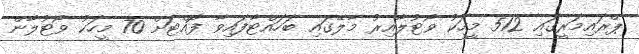
ޕްރައިމަރީގައި 512 މީހަކު ވޯޓުލާއިރު މާލޭގައި ބަހައްޓާފައިވާ ފޮއްޓަށް 70 މީހަކު ވޯޓުލާން